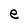
Character: e